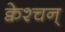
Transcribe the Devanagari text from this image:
क्वेश्चन्‌